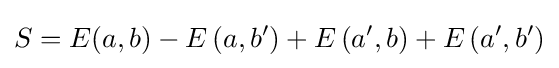
S=E(a,b)-E\left(a,b'\right)+E\left(a',b\right)+E\left(a',b'\right)